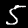
Digit: 5